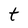
Character: t